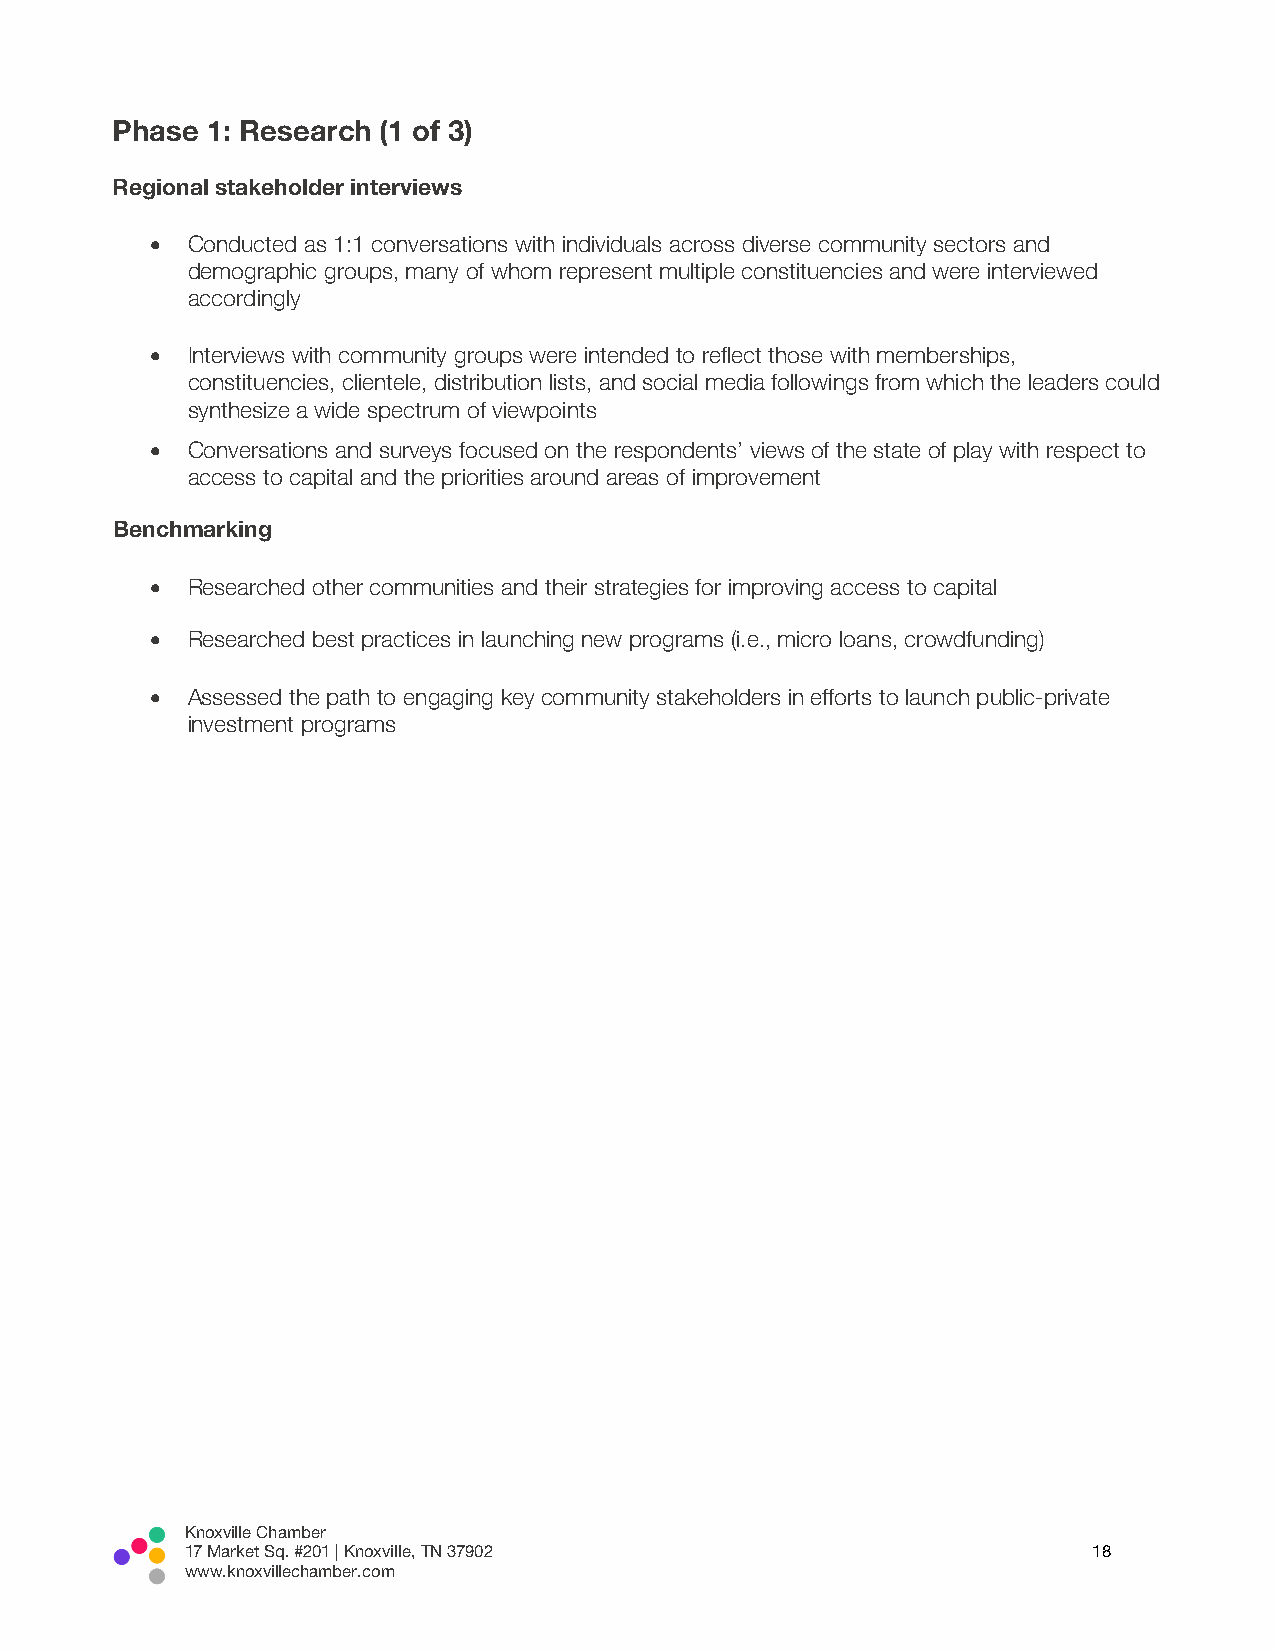
Phase  1: Research (1 of 3)
 Regional stakeholder interviews
 • Conducted as 1:1 conversations with individuals across diverse community sectors and
 demographic groups, many of whom represent multiple constituencies and were interviewed
 accordingly
 • Interviews with community groups were intended to reflect those with memberships,
 constituencies, clientele, distribution lists, and social media followings from which the leaders could
 synthesize a wide spectrum of viewpoints
 • Conversations and surveys focused on the respondents’ views of the state of play with respect to
 access to capital and the priorities around areas of improvement
 Benchmarking
 • Researched other communities and their strategies for improving access to capital
 • Researched best practices in launching new programs (i.e., micro loans, crowdfunding)
 • Assessed the path to engaging key community stakeholders in efforts to launch public-private
 investment programs
 Knoxville Chamber
 17 Market Sq. #201 | Knoxville, TN 37902                    18
 www.knoxvillechamber.com